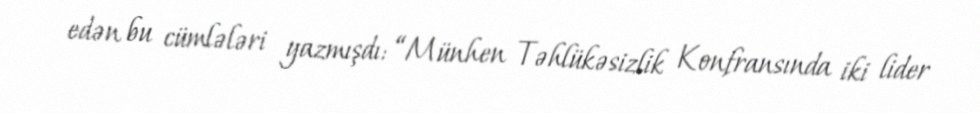
edən bu cümlələri yazmışdı: “Münhen Təhlükəsizlik Konfransında iki lider